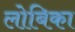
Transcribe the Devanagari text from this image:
लोबिका